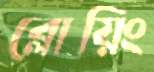
ব্লোয়িং